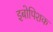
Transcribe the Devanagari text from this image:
इबोपिशक